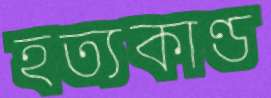
হত্যকাণ্ড